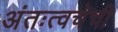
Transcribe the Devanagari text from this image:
अंतःत्वचेची